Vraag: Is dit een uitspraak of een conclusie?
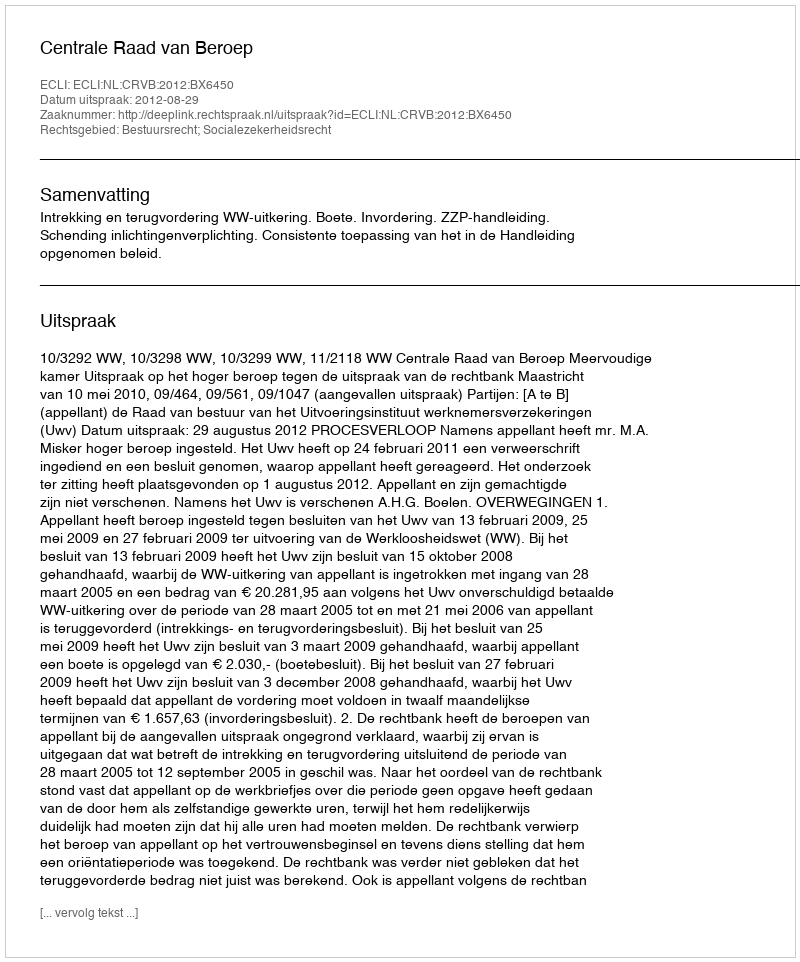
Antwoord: Uitspraak